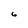
Character: 6